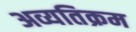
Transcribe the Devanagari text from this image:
अव्यतिक्रम